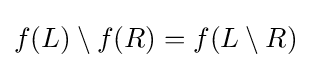
f(L)\setminus f(R)=f(L\setminus R)